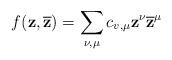
LaTeX: \begin{align*} f(\mathbf{z},\overline{\mathbf{z}})=\sum_{\nu,\mu}c_{v,\mu}\mathbf{z}^{\nu}\mathbf{\overline{z}}^{\mu} \end{align*}